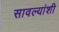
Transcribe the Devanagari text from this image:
सावल्यांशी